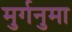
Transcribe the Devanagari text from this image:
मुर्गनुमा